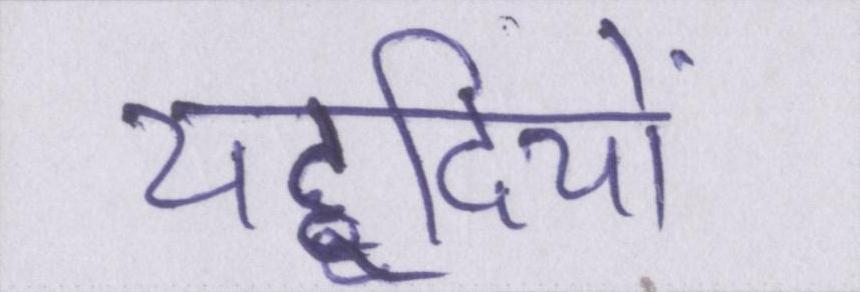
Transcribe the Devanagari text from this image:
यहूदियों